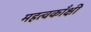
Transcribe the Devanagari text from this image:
महत्वकाँक्षी